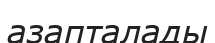
азапталады